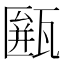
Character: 𤮖